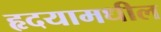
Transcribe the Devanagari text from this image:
हृदयामधील